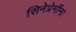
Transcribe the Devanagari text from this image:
सिनेप्रेमींना